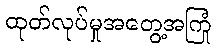
ထုတ်လုပ်မှုအတွေ့အကြုံ